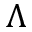
\Lambda